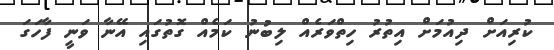
ކުރިއަށް ދިއުމަށް އިތުރު ހިތްވަރެއް ލިބުނު ކަމެއް ގޮތުގައި އޭނާ ވަނީ ފާހަގަ